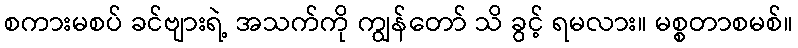
စကားမစပ် ခင်ဗျားရဲ့ အသက်ကို ကျွန်တော် သိ ခွင့် ရမလား။ မစ္စတာစမစ်။